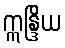
ဣန္ဒြိယ